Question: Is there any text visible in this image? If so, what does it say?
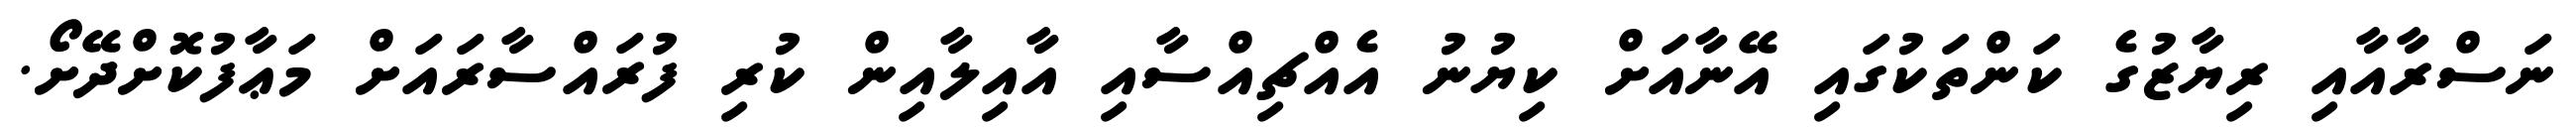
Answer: ނަސްރާއާއި ރިޔާޒުގެ ކަންތަކުގައި އޭނާއަށް ކިޔުނު އެއްޗިއްސާއި އާއިލާއިން ކުރި ފުރައްސާރައަށް މަޢާފުކޮށްދޭށޯ.